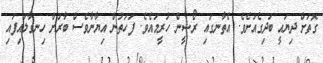
ގޮތަށް ދިޔައީ ބަދިގެއަށެވެ. އެތާނގައި ރޯޝީން ހުރީމައެވެ. ފަހަތުން އިޔާނާވެސް ބާރަށް ހިނގާލައިފައި